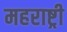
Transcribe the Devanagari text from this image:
महराष्ट्री